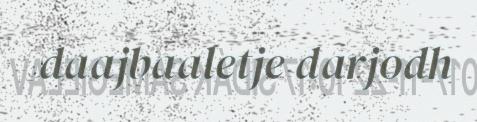
daajbaaletje darjodh